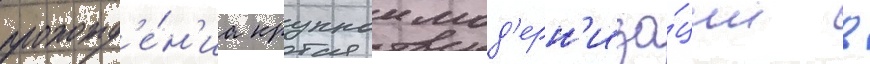
прохожд'е́н'иа крупнои мод'ерн'иза́ции в